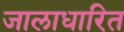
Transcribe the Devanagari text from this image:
जालाधारित